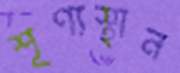
শূণ্যস্থান